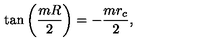
\tan \left( \frac { m R } { 2 } \right) = - \frac { m r _ { c } } { 2 } ,